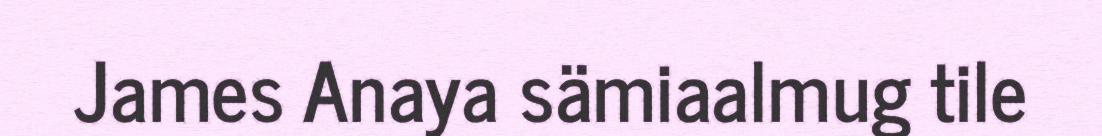
James Anaya sämiaalmug tile